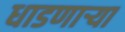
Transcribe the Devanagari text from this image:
धाडणार्‍या